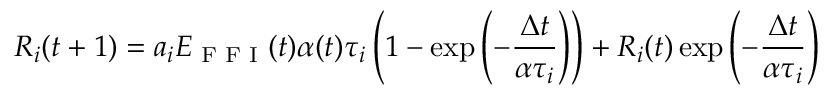
R _ { i } ( t + 1 ) = a _ { i } E _ { \textrm { F F I } } ( t ) \alpha ( t ) \tau _ { i } \left( 1 - \exp \left( - \frac { \Delta t } { \alpha \tau _ { i } } \right) \right) + R _ { i } ( t ) \exp \left( - \frac { \Delta t } { \alpha \tau _ { i } } \right)